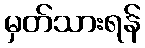
မှတ်သားရန်